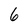
Character: 6